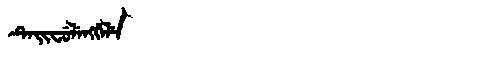
Manchu: ᡨᡝᡳᠸᡠᠯᡝᠩᡤᡝᠯᡝ
Romanization: TEIFULENGGELE